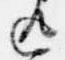
返